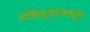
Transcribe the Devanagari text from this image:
समित्यांमधून